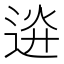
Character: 䢠